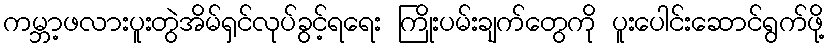
ကမ္ဘာ့ဖလားပူးတွဲအိမ်ရှင်လုပ်ခွင့်ရရေး ကြိုးပမ်းချက်တွေကို ပူးပေါင်းဆောင်ရွက်ဖို့